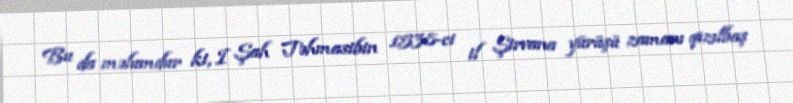
Bu da məlumdur ki, I Şah Təhmasibin 1538-ci il Şirvana yürüşü zamanı qızılbaş